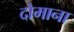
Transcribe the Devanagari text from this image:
दोमाना